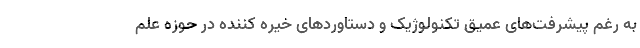
به رغم پیشرفت‌های عمیق تکنولوژیک و دستاوردهای خیره کننده در حوزه علم